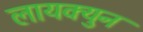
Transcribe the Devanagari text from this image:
लायक्युन